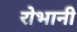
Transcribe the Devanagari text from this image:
रोभानी